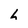
Character: h